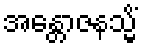
အန္တောဇနသ္မိံ